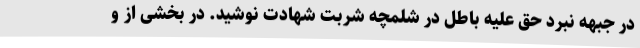
در جبهه نبرد حق علیه باطل در شلمچه شربت شهادت نوشید. در بخشی از و